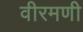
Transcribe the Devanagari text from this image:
वीरमणी